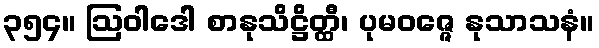
၃၅၄။ ဩဝါဒေါ စာနုသိဋ္ဌိတ္ထီ၊ ပုမဝဇ္ဇေ နုသာသနံ။